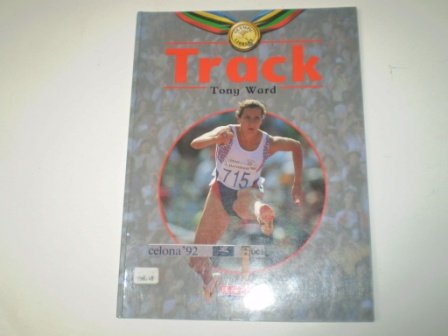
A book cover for Track (Olympics Library); Tony Ward; Children's Books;